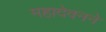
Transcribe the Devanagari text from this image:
महादेवनने